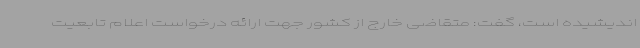
اندیشیده است، گفت: متقاضی خارج از کشور جهت ارائه درخواست اعلام تابعیت